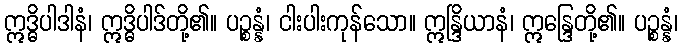
ဣဒ္ဓိပါဒါနံ၊ ဣဒ္ဓိပါဒ်တို့၏။ ပဉ္စန္နံ၊ ငါးပါးကုန်သော။ ဣန္ဒြိယာနံ၊ ဣန္ဒြေတို့၏။ ပဉ္စန္နံ၊